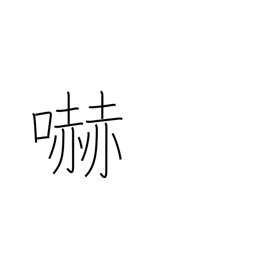
Meaning: menacing